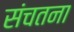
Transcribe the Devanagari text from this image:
संचतना